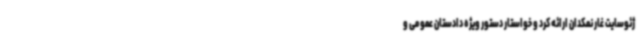
ژئوسایت غار نمکدان ارائه کرد و خواستار دستور ویژه دادستان عمومی و